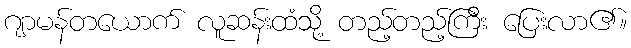
ဂျာမန်တယောက် လူဆန်းထံသို့ တည့်တည့်ကြီး ပြေးလာ၏။